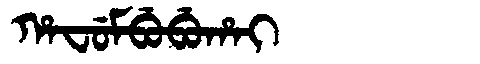
Manchu: ᡥᠠᠸᡠᠮᠪᡠᠪᡠᡥᠠᡳ
Romanization: HAFUMBUBUHAI